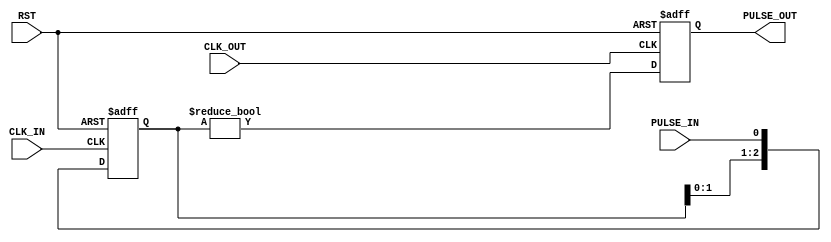
`timescale 1ns / 1ps
/*
             
*/
/*
PULSE2PULSE
#(
.CLOCK_RELATIONSHIP ()
)
PULSE2PULSE
(
.RST        (),
.CLK_IN     (),
.CLK_OUT    (),

.PULSE_IN   (),
.PULSE_OUT  ()
);
*/

module PULSE2PULSE
#(
parameter CLOCK_RELATIONSHIP = 3    //    ,     .  CLK    125 , 
                                    //  CLK       49 . 125/49 = 2.6 .   3.
)
(
input RST,
input CLK_IN,
input CLK_OUT,

input PULSE_IN,
output PULSE_OUT
);

reg [CLOCK_RELATIONSHIP - 1:0] IN_REG;   //
reg PULSE_OUT_reg;
 
always @(posedge CLK_IN or posedge RST)
if (RST) IN_REG[CLOCK_RELATIONSHIP - 1:0] <= 0;
else
    begin
        IN_REG[0]                          <= PULSE_IN;
        IN_REG[CLOCK_RELATIONSHIP - 1:1]   <= IN_REG[CLOCK_RELATIONSHIP - 2:0];
    end    

always @(posedge CLK_OUT or posedge RST)
if (RST) PULSE_OUT_reg <= 0;
else     PULSE_OUT_reg <= (IN_REG != 0);//IN_REG[1]; 

assign PULSE_OUT = PULSE_OUT_reg;
 
endmodule